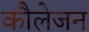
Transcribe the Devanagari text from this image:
कौलेजन